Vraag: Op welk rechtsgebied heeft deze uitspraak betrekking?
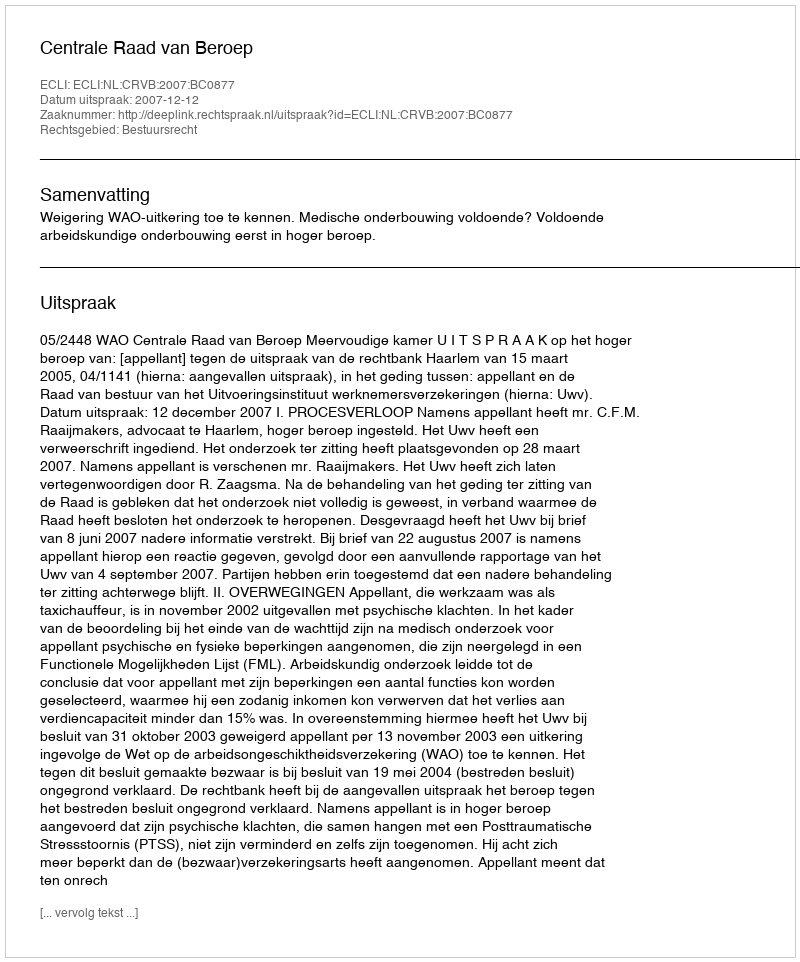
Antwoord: Bestuursrecht